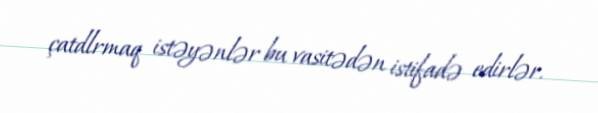
çatdlrmaq istəyənlər bu vasitədən istifadə edirlər.